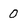
Character: 0